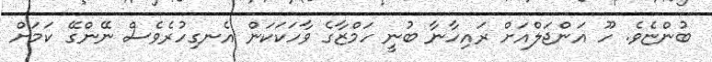
ބުންޏެވެ. ހޫ އަންޖަލްއަށް ރައިހާނާ ބުނީ ހަމްޒާގެ ވާހަކަކަން އެނގިހުރެވެސް ނޭންގޭ ކަމަށް